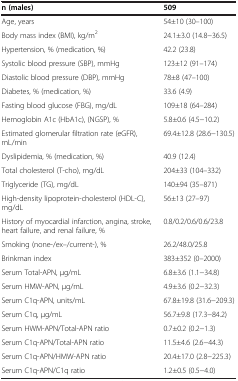
<table><thead><tr><td><b>n (males)</b></td><td><b>509</b></td></tr></thead><tbody><tr><td>Age, years</td><td>54±10 (30–100)</td></tr><tr><td>Body mass index (BMI), kg/m<sup>2</sup></td><td>24.1±3.0 (14.8−36.5)</td></tr><tr><td>Hypertension, % (medication, %)</td><td>42.2 (23.8)</td></tr><tr><td>Systolic blood pressure (SBP), mmHg</td><td>123±12 (91–174)</td></tr><tr><td>Diastolic blood pressure (DBP), mmHg</td><td>78±8 (47–100)</td></tr><tr><td>Diabetes, % (medication, %)</td><td>33.6 (4.9)</td></tr><tr><td>Fasting blood glucose (FBG), mg/dL</td><td>109±18 (64–284)</td></tr><tr><td>Hemoglobin A1c (HbA1c), (NGSP), %</td><td>5.8±0.6 (4.5−10.2)</td></tr><tr><td>Estimated glomerular filtration rate (eGFR), mL/min</td><td>69.4±12.8 (28.6−130.5)</td></tr><tr><td>Dyslipidemia, % (medication, %)</td><td>40.9 (12.4)</td></tr><tr><td>Total cholesterol (T-cho), mg/dL</td><td>204±33 (104–332)</td></tr><tr><td>Triglyceride (TG), mg/dL</td><td>140±94 (35–871)</td></tr><tr><td>High-density lipoprotein-cholesterol (HDL-C), mg/dL</td><td>56±13 (27–97)</td></tr><tr><td>History of myocardial infarction, angina, stroke, heart failure, and renal failure, %</td><td>0.8/0.2/0.6/0.6/23.8</td></tr><tr><td>Smoking (none-/ex--/current-), %</td><td>26.2/48.0/25.8</td></tr><tr><td>Brinkman index</td><td>383±352 (0–2000)</td></tr><tr><td>Serum Total-APN, μg/mL</td><td>6.8±3.6 (1.1−34.8)</td></tr><tr><td>Serum HMW-APN, μg/mL</td><td>4.9±3.6 (0.2−32.3)</td></tr><tr><td>Serum C1q-APN, units/mL</td><td>67.8±19.8 (31.6−209.3)</td></tr><tr><td>Serum C1q, μg/mL</td><td>56.7±9.8 (17.3−84.2)</td></tr><tr><td>Serum HWM-APN/Total-APN ratio</td><td>0.7±0.2 (0.2−1.3)</td></tr><tr><td>Serum C1q-APN/Total-APN ratio</td><td>11.5±4.6 (2.6−44.3)</td></tr><tr><td>Serum C1q-APN/HMW-APN ratio</td><td>20.4±17.0 (2.8−225.3)</td></tr><tr><td>Serum C1q-APN/C1q ratio</td><td>1.2±0.5 (0.5−4.0)</td></tr></tbody></table>